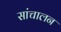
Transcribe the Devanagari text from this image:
सांचालन